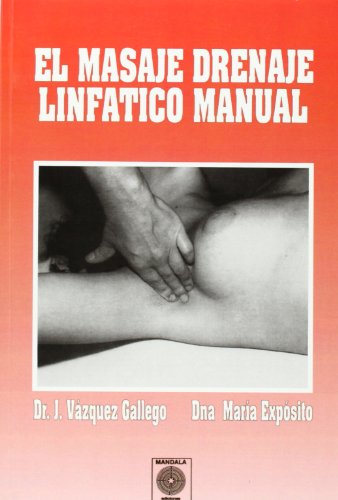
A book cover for El Masaje Drenaje LinfÃ¡tico Manual (Spanish Edition); Unknown; Cookbooks, Food & Wine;